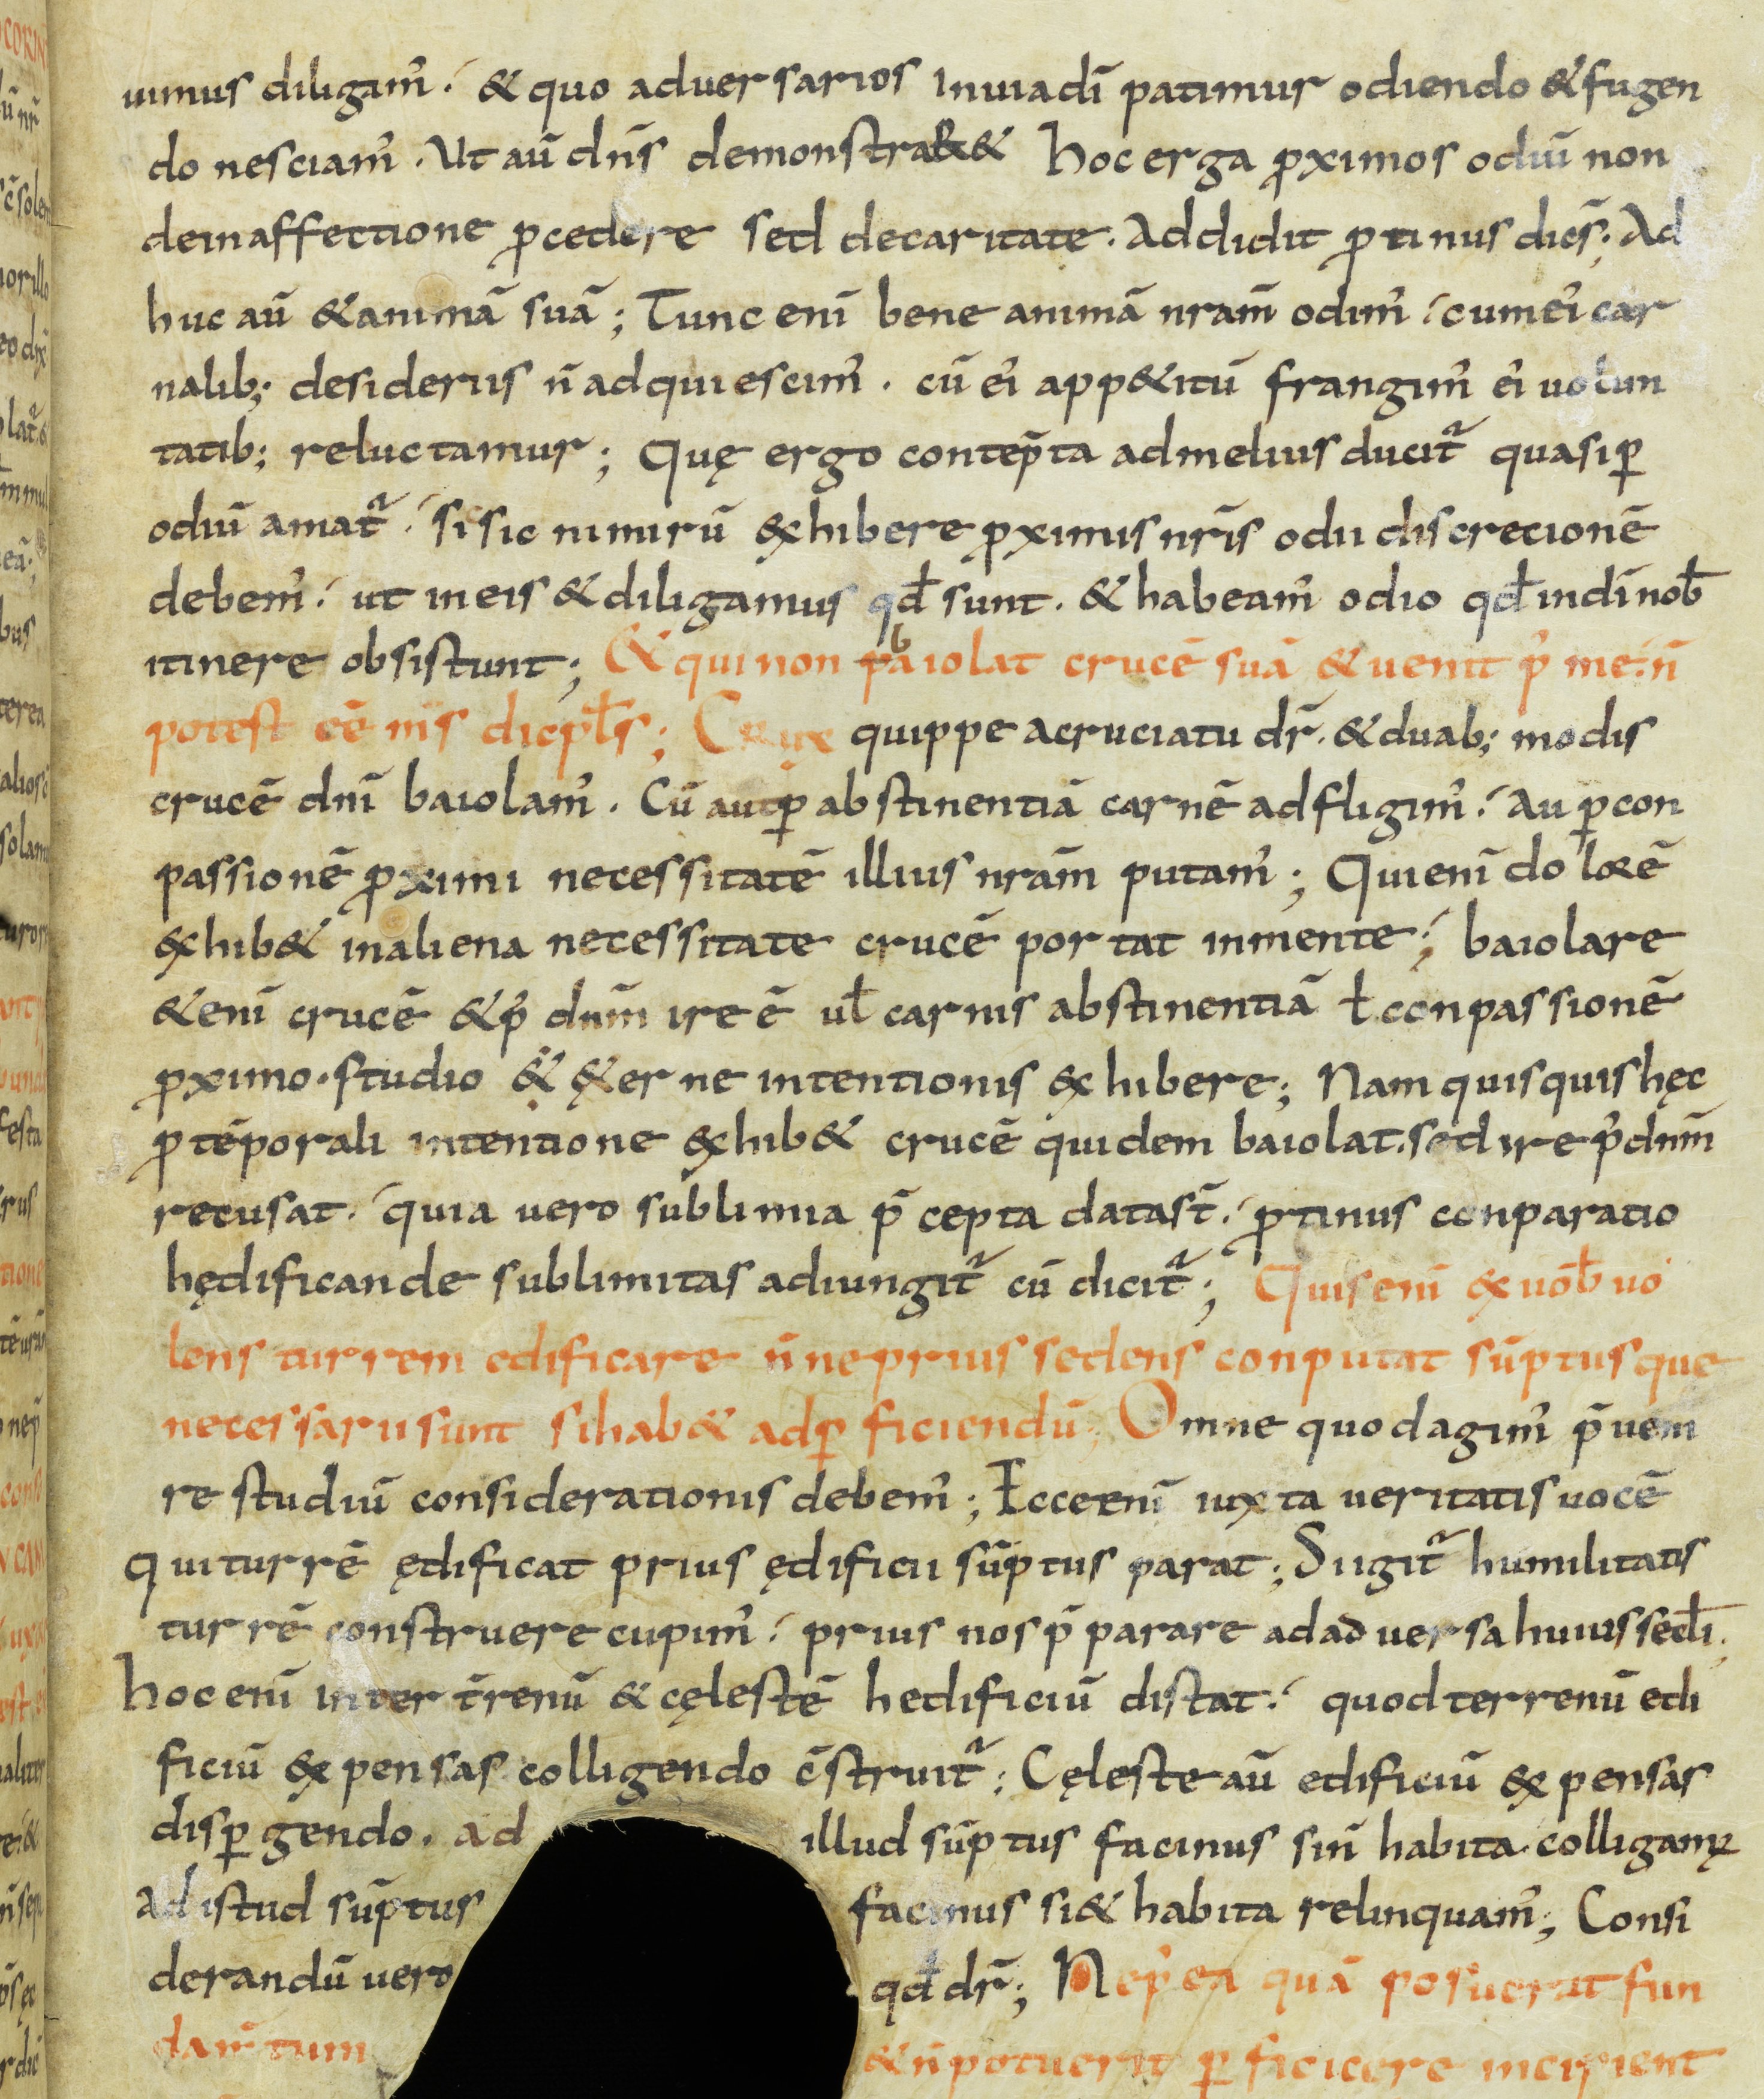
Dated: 800–899